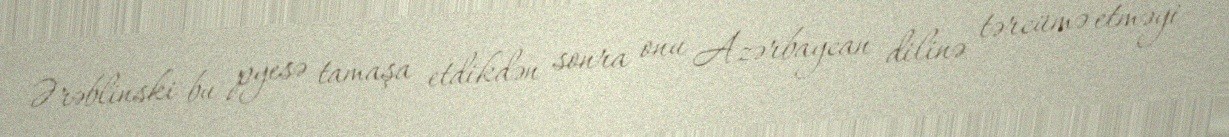
Ərəblinski bu pyesə tamaşa etdikdən sonra onu Azərbaycan dilinə tərcümə etməyi